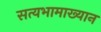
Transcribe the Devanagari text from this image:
सत्यभामाख्यान